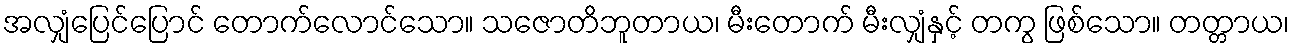
အလျှံပြေင်ပြောင် တောက်လောင်သော။ သဇောတိဘူတာယ၊ မီးတောက် မီးလျှံနှင့် တကွ ဖြစ်သော။ တတ္တာယ၊